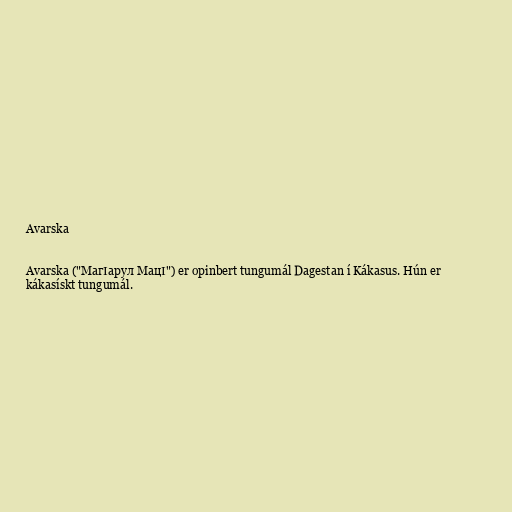
Avarska

Avarska ("MагӀарул MацӀ") er opinbert tungumál Dagestan í Kákasus. Hún er
kákasískt tungumál.